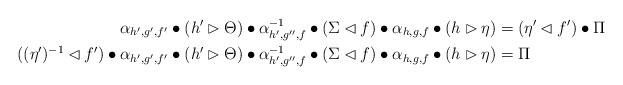
\begin{align*}\alpha_{h',g',f'} \bullet (h' \rhd \Theta) \bullet \alpha^{-1}_{h',g'',f} \bullet (\Sigma \lhd f) \bullet \alpha_{h,g,f} \bullet (h \rhd \eta) &= ( \eta' \lhd f') \bullet \Pi \\( (\eta')^{-1} \lhd f')\bullet \alpha_{h',g',f'} \bullet (h' \rhd \Theta) \bullet \alpha^{-1}_{h',g'',f} \bullet (\Sigma \lhd f) \bullet \alpha_{h,g,f} \bullet (h \rhd \eta) &= \Pi\end{align*}